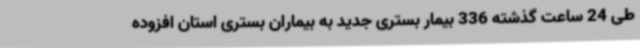
طی 24 ساعت گذشته 336 بیمار بستری جدید به بیماران بستری استان افزوده